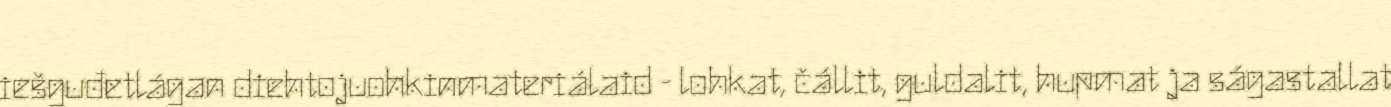
iešguđetlágan diehtojuohkinmateriálaid - lohkat, čállit, guldalit, hupmat ja ságastallat